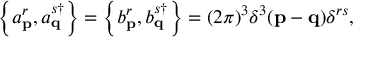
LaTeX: \left\{ a _ { \mathbf { p } } ^ { r } , a _ { \mathbf { q } } ^ { s \dagger } \right\} = \left\{ b _ { \mathbf { p } } ^ { r } , b _ { \mathbf { q } } ^ { s \dagger } \right\} = ( 2 \pi ) ^ { 3 } \delta ^ { 3 } ( \mathbf { p } - \mathbf { q } ) \delta ^ { r s } ,